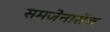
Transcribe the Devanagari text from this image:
समजेनासेच